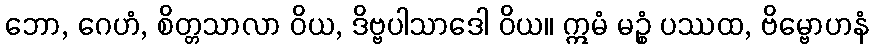
ဘော, ဂေဟံ, စိတ္တသာလာ ဝိယ, ဒိဗ္ဗပါသာဒေါ ဝိယ။ ဣမံ မဉ္စံ ပဿထ, ဗိမ္ဗောဟနံ